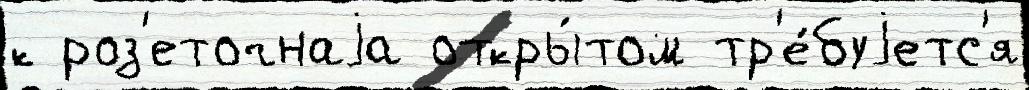
к роз'еточнаjа откры́том тр'е́буjетс'я